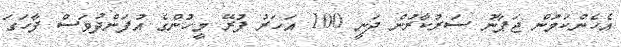
އެހެންކަމުން ޖަޕާނު ސަރުކާރުން ދަނީ 100 އަހަރު ފުރޭ މީހުންގެ އުފަންދުވަސް ފާހަގަ